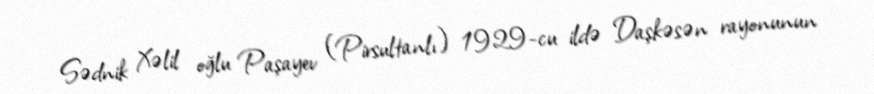
Sədnik Xəlil oğlu Paşayev (Pirsultanlı) 1929-cu ildə Daşkəsən rayonunun